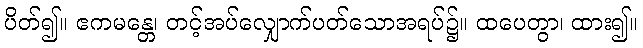
ပိတ်၍။ ဧကမန္တေ၊ တင့်အပ်လျှောက်ပတ်သောအရပ်၌။ ထပေတွာ၊ ထား၍။